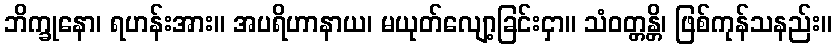
ဘိက္ခုနော၊ ရဟန်းအား။ အပရိဟာနာယ၊ မယုတ်လျော့ခြင်းငှာ။ သံဝတ္တန္တိ၊ ဖြစ်ကုန်သနည်း။